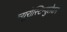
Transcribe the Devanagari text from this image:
न्यूरोस्टिम्युलेशन